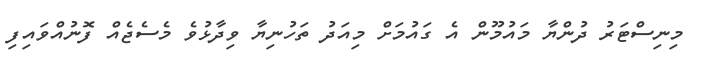
މިނިސްޓަރު ދުންޔާ މައުމޫން އެ ގައުމަށް މިއަދު ތަހުނިޔާ ވިދާޅުވެ މެސެޖެއް ފޮނުއްވައިފި